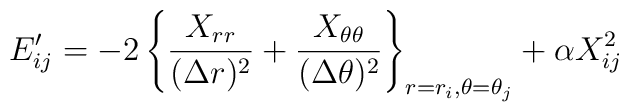
E_{ij}^{\prime }=-2\left\{ \frac{X_{rr}}{(\Delta r)^{2}}+\frac{X_{\theta\theta }}{(\Delta \theta )^{2}}\right\} _{r=r_{i},\theta =\theta_{j}}+\alpha X_{ij}^{2}